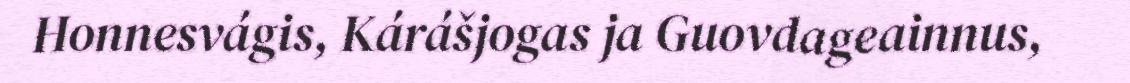
Honnesvágis, Kárášjogas ja Guovdageainnus,